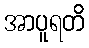
အာပူရတိ